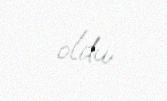
oldu.